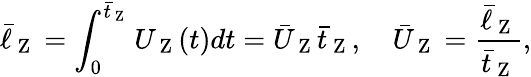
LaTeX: \bar{\ell}_{\mathrm{~Z~}}=\int_{0}^{\bar{t}_{\mathrm{~Z~}}}U_{\mathrm{~Z~}}(t)dt=\bar{U}_{\mathrm{~Z~}}\bar{t}_{\mathrm{~Z~}},\quad\bar{U}_{\mathrm{~Z~}}=\frac{\bar{\ell}_{\mathrm{~Z~}}}{\bar{t}_{\mathrm{~Z~}}},